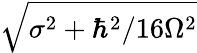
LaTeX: \sqrt{\sigma^{2}+\hbar^{2}/16\Omega^{2}}